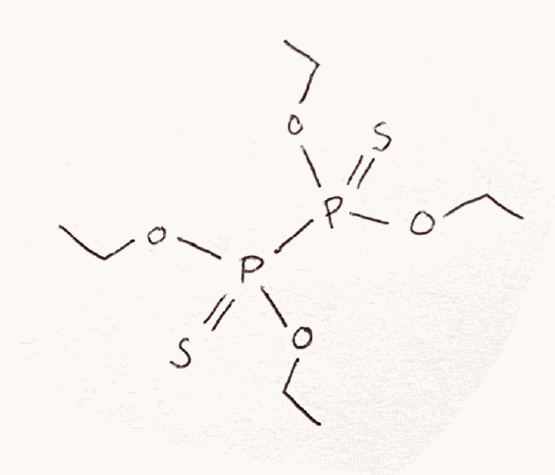
Simplified molecular-input line-entry system (SMILES) notation of the given molecule:
CCOP(=S)(OCC)P(=S)(OCC)OCC